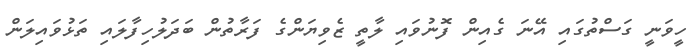
ހީވަނީ ގަސްތުގައި އޭނަ ގެއިން ފޮނުވައި ލާތީ ޒެވިޔަންގެ ފަރާތުން ބަދަލުހިފާލައި ތަޅުވައިލަން